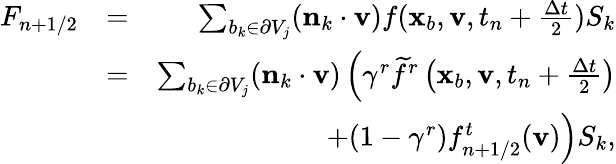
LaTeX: \begin{array}{rlr}{F_{n+1/2}}&{=}&{\sum_{b_{k}\in\partial V_{j}}(\mathbf n_{k}\cdot\mathbf v)f(\mathbf x_{b},\mathbf v,t_{n}+\frac{\Delta t}{2})S_{k}}\\ &{=}&{\sum_{b_{k}\in\partial V_{j}}(\mathbf n_{k}\cdot\mathbf v)\left(\gamma^{r}\widetilde{f}^{r}\left(\mathbf x_{b},\mathbf v,t_{n}+\frac{\Delta t}{2}\right)\right.}\\ &{}&{\left.+(1-\gamma^{r})f_{n+1/2}^{t}(\mathbf v)\right)S_{k},}\end{array}